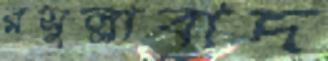
রসুল্লাবাদ